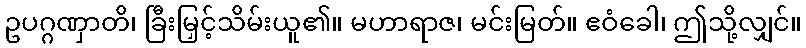
ဥပဂ္ဂဏှာတိ၊ ခြီးမြှင့်သိမ်းယူ၏။ မဟာရာဇ၊ မင်းမြတ်။ ဧဝံခေါ၊ ဤသို့လျှင်။